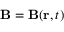
\mathbf { B } = \mathbf { B } ( \mathbf { r } , t )